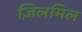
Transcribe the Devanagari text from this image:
ज़िलमिल